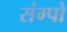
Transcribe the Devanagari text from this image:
संग्पो